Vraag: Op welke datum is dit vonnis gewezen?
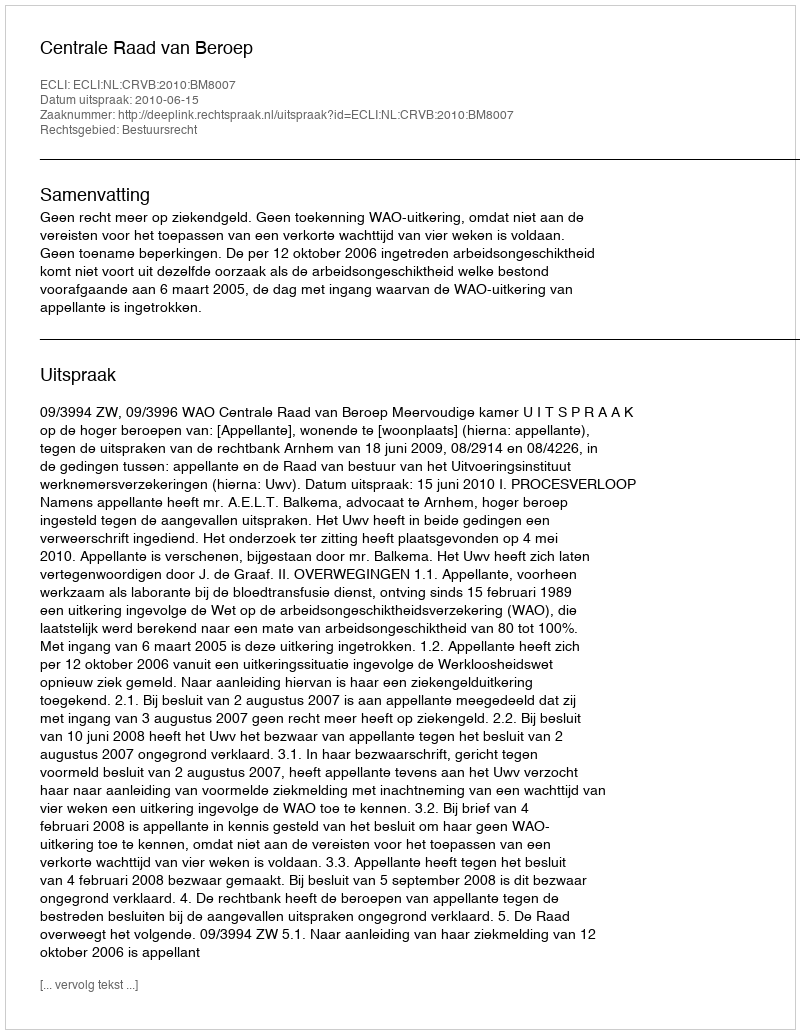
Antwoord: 2010-06-15